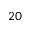
2 0